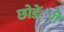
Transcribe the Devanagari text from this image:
छोडें़गे